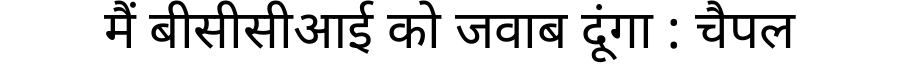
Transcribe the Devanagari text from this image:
मैं बीसीसीआई को जवाब दूंगा : चैपल